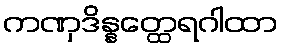
ကဏှဒိန္နတ္ထေရဂါထာ